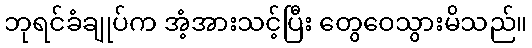
ဘုရင်ခံချုပ်က အံ့အားသင့်ပြီး တွေဝေသွားမိသည်။